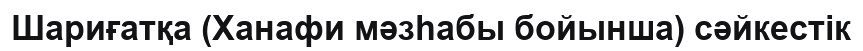
Шариғатқа (Ханафи мәзһабы бойынша) сәйкестік